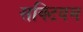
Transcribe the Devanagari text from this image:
सक्टियम